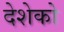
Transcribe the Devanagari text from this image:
देशेको